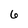
Character: 6